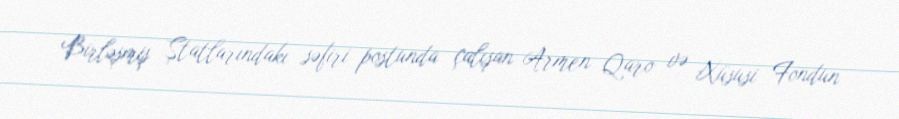
Birləşmiş Ştatlarındakı səfiri postunda çalışan Armen Qaro və Xüsusi Fondun